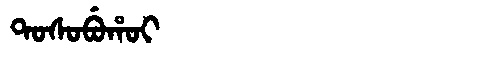
Manchu: ᡨᠣᠰᠣᠪᡠᡥᠣᡳ
Romanization: TOSOBUHOI